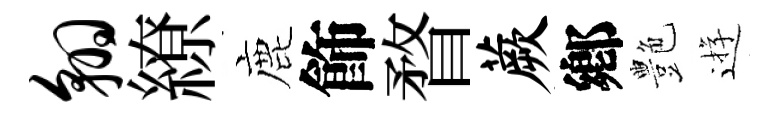
翱繚鹿飾瞀蕨鄕艶逰